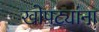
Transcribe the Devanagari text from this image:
खोपट्यांना